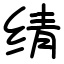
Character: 𬘬